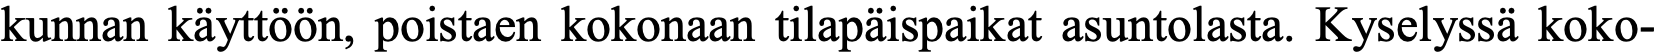
kunnan käyttöön, poistaen kokonaan tilapäispaikat asuntolasta. Kyselyssä koko-